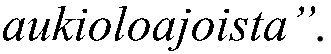
aukioloajoista”.